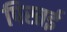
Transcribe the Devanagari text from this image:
पिस्तई